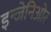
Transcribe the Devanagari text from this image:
इन्जेनिओर